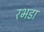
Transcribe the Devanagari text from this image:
रभडा